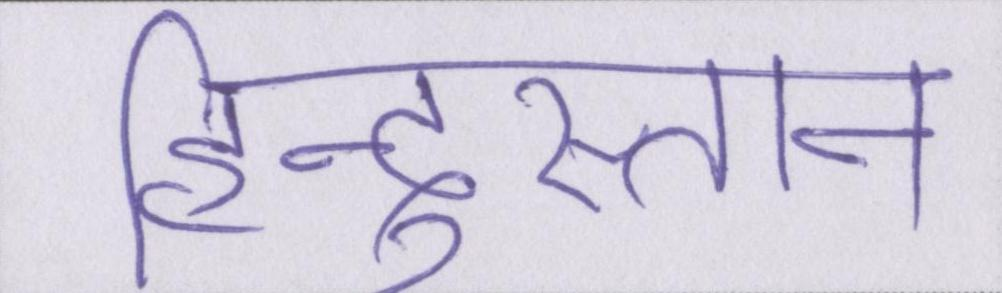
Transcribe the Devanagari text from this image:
हिन्दुस्तान